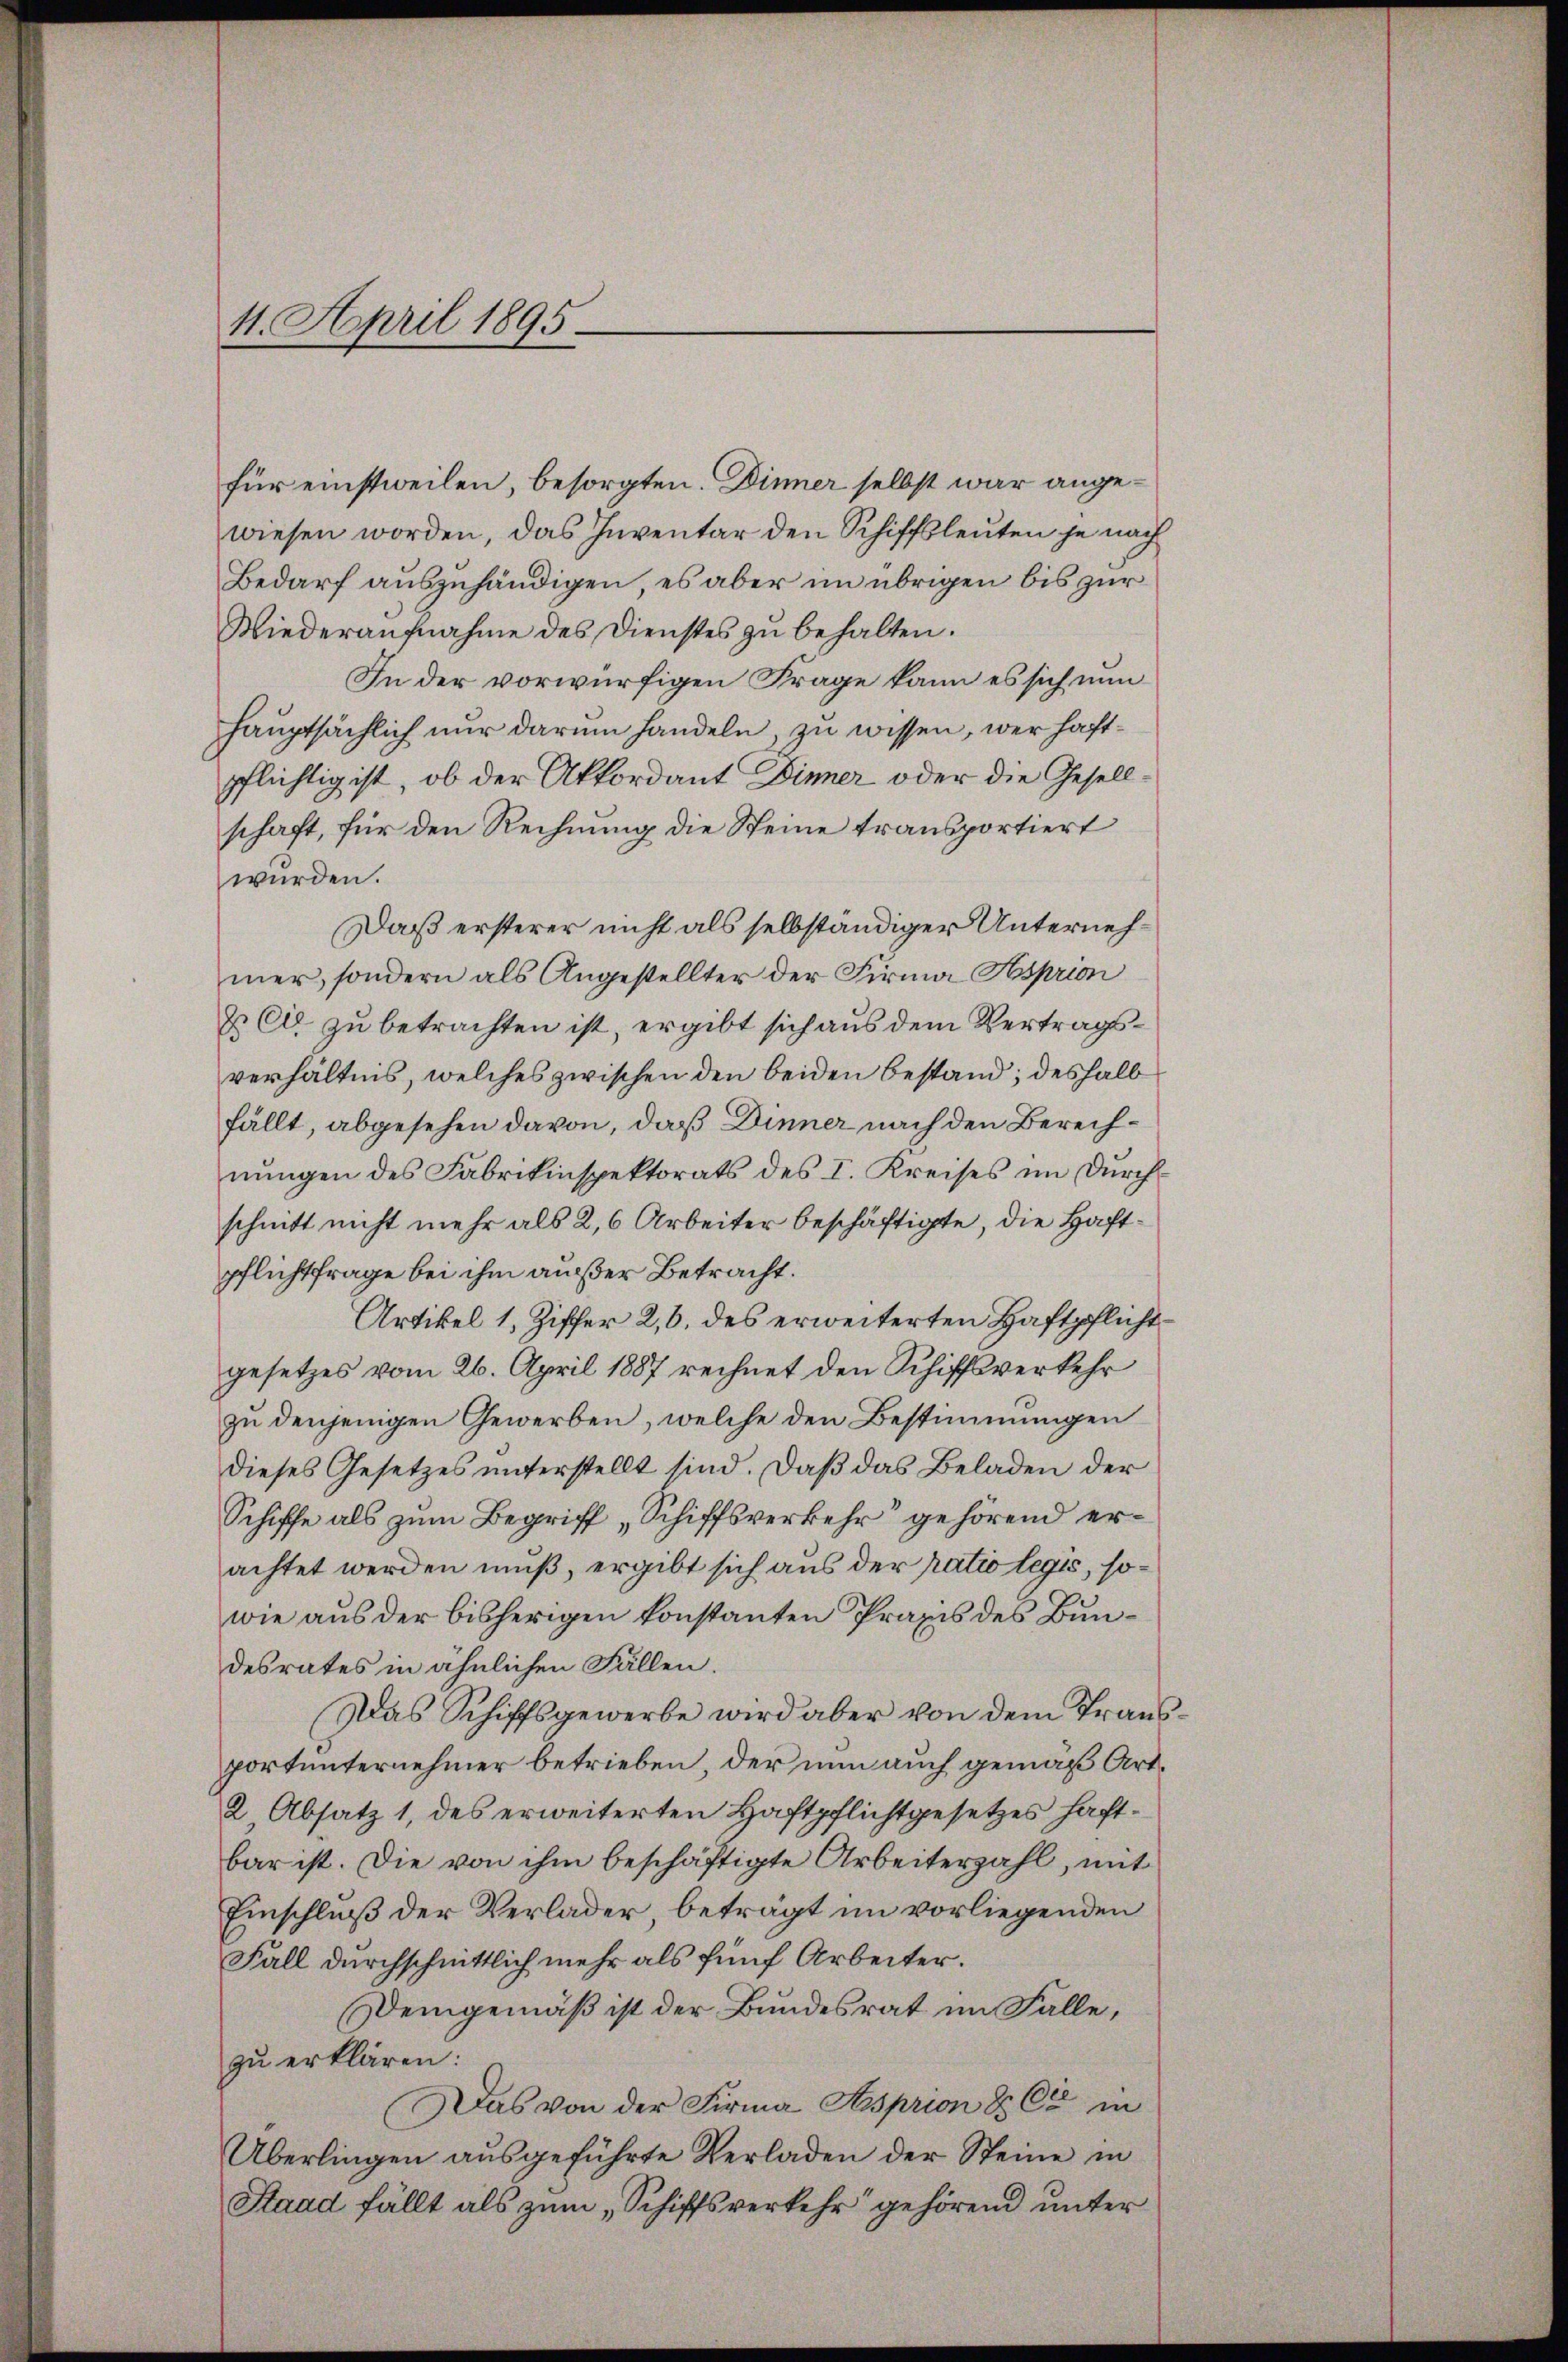
4. April 1895

für einstweilen, besorgten. Dinner selbst war angewiesen worden, das Inventar den Schiffsleuten je nach
Bedarf auszuhändigen, es aber im übrigen bis zur
Wiederaufnahme des Dienstes zu behalten.
In der vorwürfigen Frage kann es sich nun
hauptsächlich nur darum handeln, zu wissen, wer haftpflichtig ist, ob der Akkordant Dinner oder die Gesellschaft, für den Rechnung die Steine transportiert
würden.
Daß ersterer nicht als selbständiger Unternehmer, sondern als Angestellter der Firma Hsprion
& Cie zu betrachten ist, ergibt sich aus dem Vertragsverhältnis, welches zwischen den beiden Bestand; deshalb
fällt, abgesehen davon, daß Dinner nach den Berechnungen des Fabrikinspektorats des I. Kreises im Durchschnitt nicht mehr als 2,6 Arbeiter beschäftigte, die Haftpflichtfrage bei ihm außer Betracht.
Artikel 1, Ziffer 2, 6. des erweiterten Haftpflichtgesetzes vom 26. April 1887 rechnet den Schiffsverkehr
zu denjenigen Gewerben, welche den Bestimmungen
dieses Gesetzes unterstellt sind. Daß das Beladen der
Schiffe als zum Begriff „Schiffsverkehr gehörend erachtet werden muß, ergibt sich aus der patio legis, sowie aus der bisherigen konstanten Praxis des Bundesrates in ähnlichen Fällen.
Das Schiffsgewerbe wird aber von dem Transportunternehmer betrieben, der nun auch gemäß Art.
2 Absatz 1, des erweiterten Haftpflichtgesetzes haftbar ist. Die von ihm beschäftigte Arbeiterzahl, mit
Einschluß der Verlader, beträgt im vorliegenden
Fall durchschnittlich mehr als fünf Arbeiter.
Demgemäß ist der Bundesrat im Falle,
zu erklären:
Das von der Firma Asprion & Cie in
Überlingen ausgeführte Verladen der Steine in
Stand fällt als zum „Schiffsverkehr gehörend unter